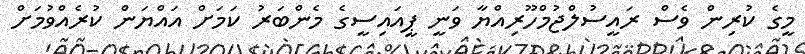
މީގެ ކުރިން ވެސް ރައީސުލްޖުމްހޫރިއްޔާ ވަނީ ޕީއައިސީގެ މެންބަރު ކަމަށް އައްޔަން ކުރެއްވުމަށް